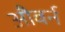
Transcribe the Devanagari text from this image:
औबर्न